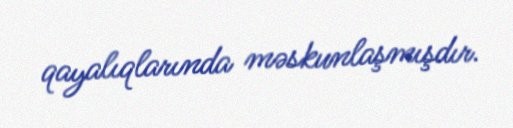
qayalıqlarında məskunlaşmışdır.